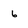
Character: 6